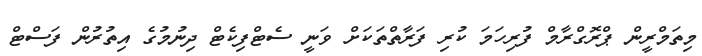
މިތަމްރީން ޕްރޮގްރާމް ފުރިހަމަ ކުރި ފަރާތްތަކަށް ވަނީ ސެޓްފިކެޓް ދިނުމުގެ އިތުރުން ފަސްޓް